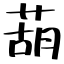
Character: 葫